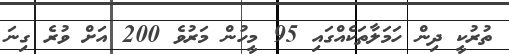
ތުރުކީ ދިން ހަމަލާތަކެއްގައި 95 މީހުން މަރުވެ 200 އަށް ވުރެ ގިނަ